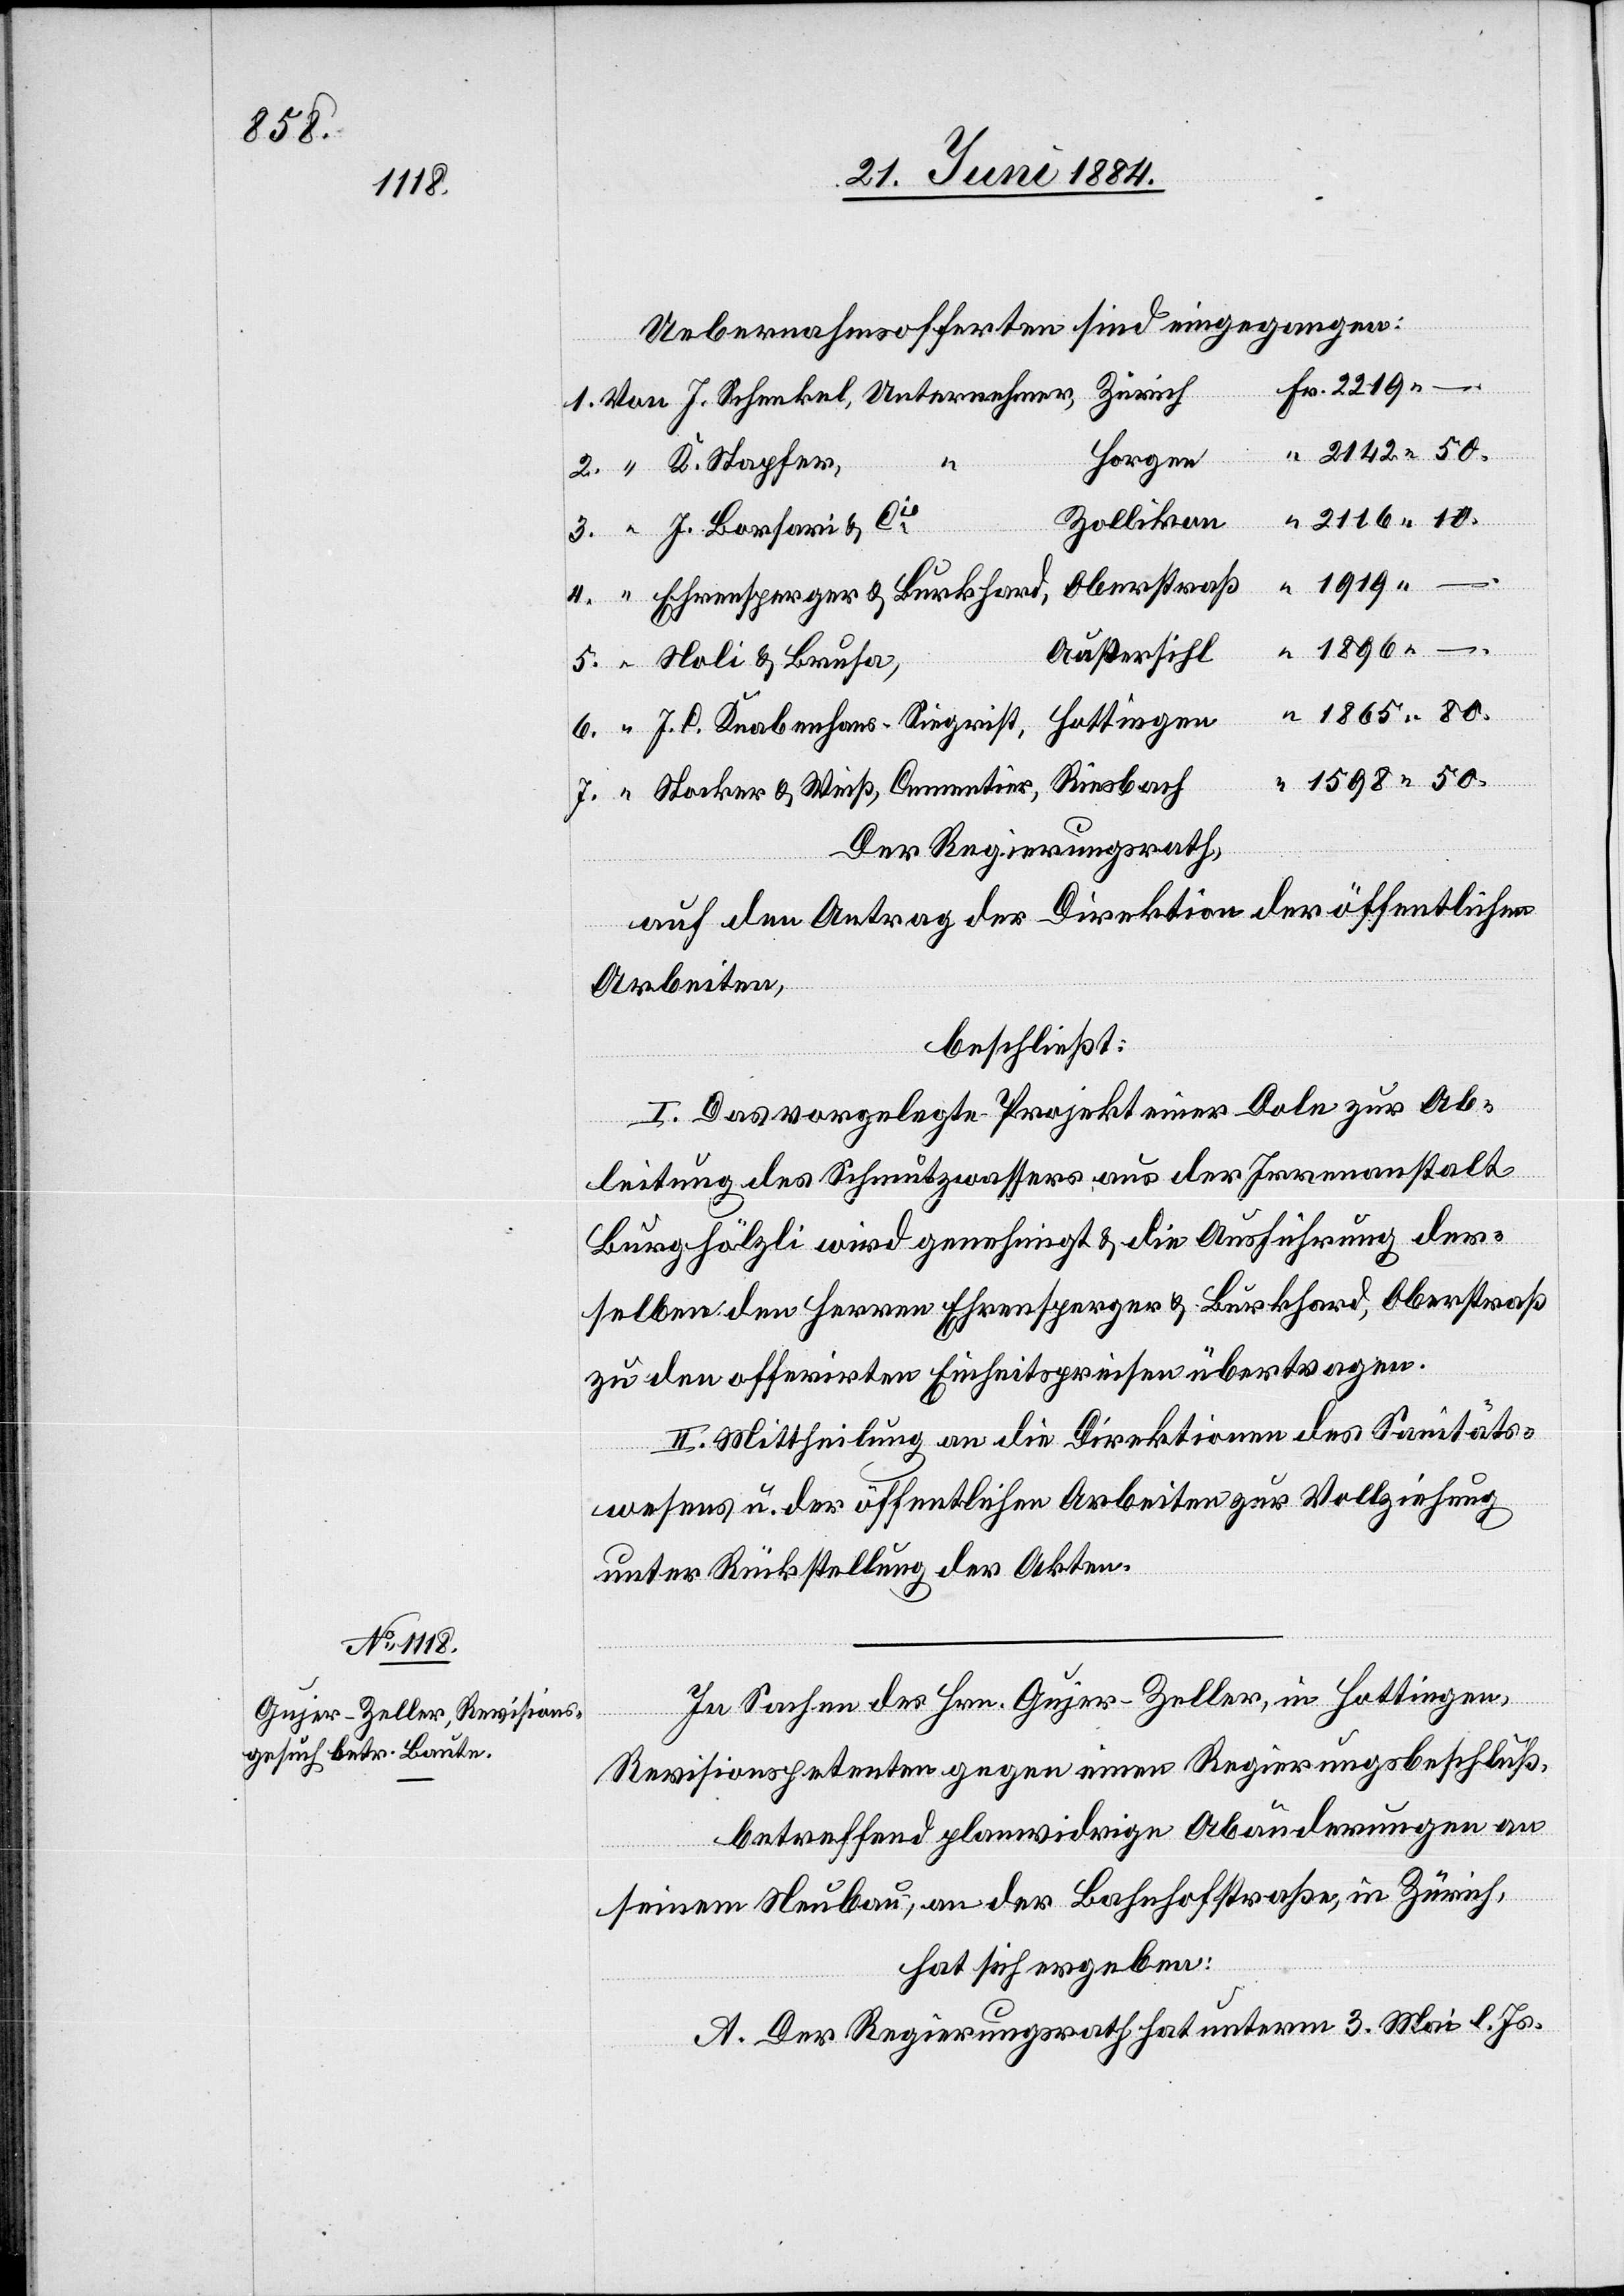
1598

Uebernahmsofferten sind eingegangen:
Horgen
1.
50.
Zollikon
“
1919
Außersihl
Hottingen
J. C. Knabenhans-Siegrist,
usa,
Riesbach
Stocker & Weiß, Cementier,
Der Regierungsrath,
auf den Antrag der Direktion der öffentlichen
Arbeiten,
beschließt:
I. Das vorgelegte Projekt einer Dole zur Ab¬
leitung des Schmutzwassers aus der Irrenanstalt
Burghölzli wird genehmigt & die Ausführung der¬
selben den Herren Ehrensperger & Burkhard, Oberstraß
zu den offerirten Einheitspreisen übertragen.
II. Mittheilung an die Direktionen des Sanitäts¬
wesens u. der öffentlichen Arbeiten zur Vollziehung
unter Rückstellung der Akten.
In Sachen des Hrn. Gujer-Zeller, in Hottingen,
Revisionspetenten gegen einen Regierungsbeschluß,
betreffend planwidrige Abänderungen an
Oberstraß
seinem Neubau, an der Bahnhofstraße, in Zürich,
hat sich ergeben:
A. Der Regierungsrath hat unterm 3. Mai l. Js.